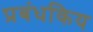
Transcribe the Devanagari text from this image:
प्रबंधकिय